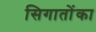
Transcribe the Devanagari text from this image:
सिगातोंका